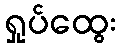
ရှုပ်ထွေး